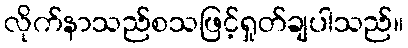
လိုက်နာသည်စသဖြင့်ရှုတ်ချပါသည်။